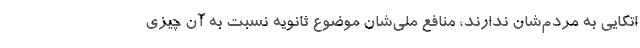
اتکایی به مردم‌شان ندارند، منافع ملی‌شان موضوع ثانویه نسبت به آن چیزی